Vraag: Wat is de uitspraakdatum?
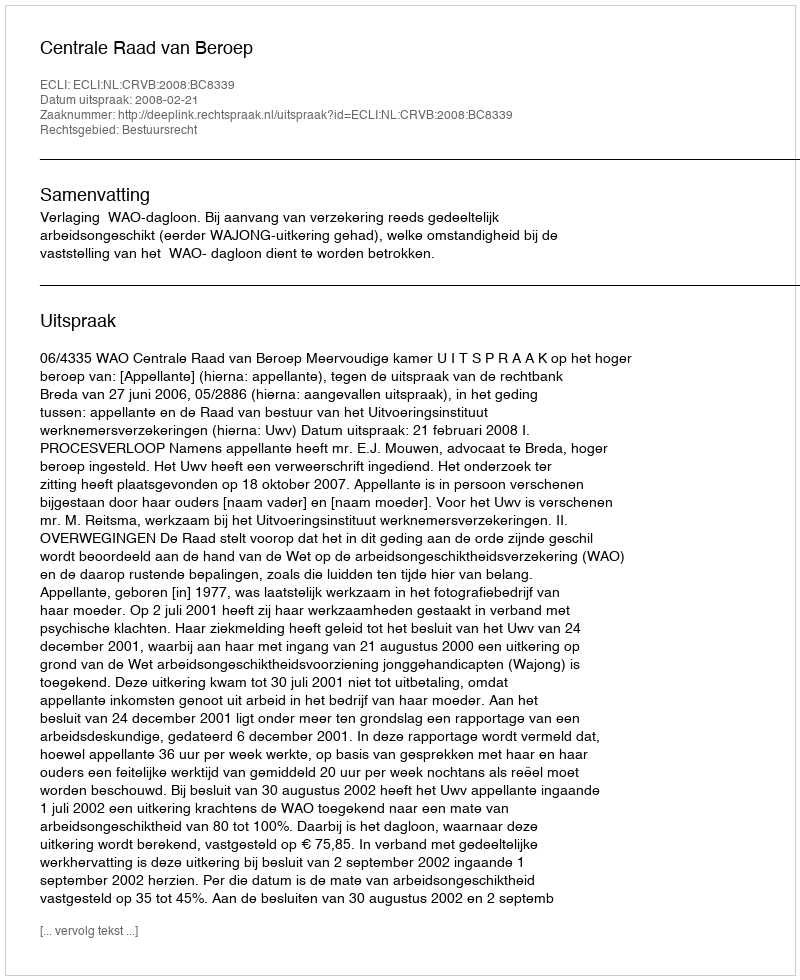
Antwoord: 2008-02-21